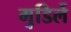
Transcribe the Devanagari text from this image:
मुडिर्ले